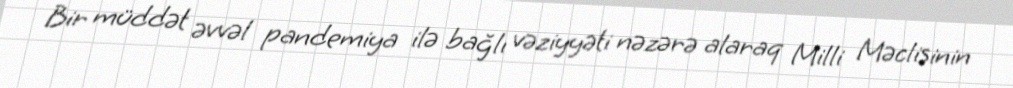
Bir müddət əvvəl pandemiya ilə bağlı vəziyyəti nəzərə alaraq Milli Məclisinin